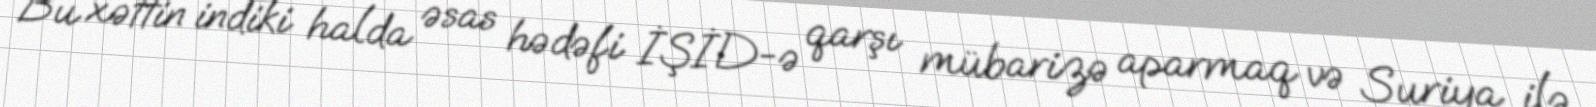
Bu xəttin indiki halda əsas hədəfi İŞİD-ə qarşı mübarizə aparmaq və Suriya ilə